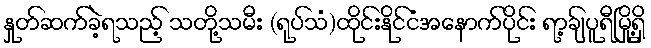
နှုတ်ဆက်ခဲ့ရသည့် သတို့သမီး (ရုပ်သံ)ထိုင်းနိုင်ငံအနောက်ပိုင်း ရာ့ချ်ပူရီမြို့ရှိ